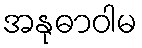
အနုဓာဝါမ